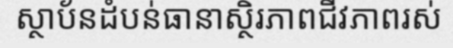
ស្ថាប័នដំបន់ធានាស្ថិរភាពជីវភាពរស់